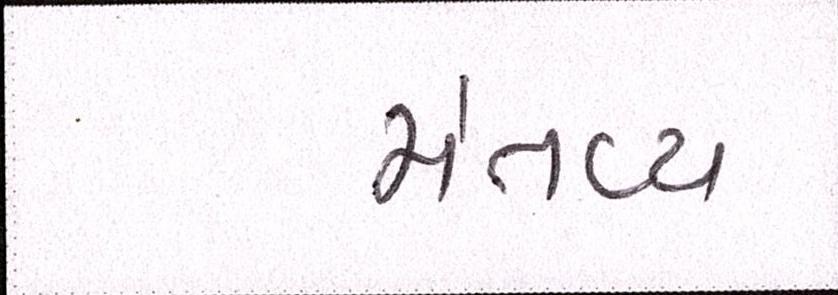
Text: મંતવ્ય